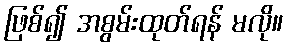
ဖြစ်၍ အစွမ်းထုတ်ရန် မလို။